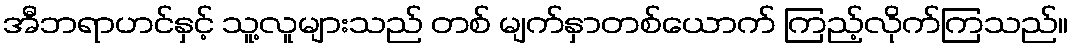
အီဘရာဟင်နှင့် သူ့လူများသည် တစ် မျက်နှာတစ်ယောက် ကြည့်လိုက်ကြသည်။